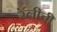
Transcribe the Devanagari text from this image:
रॅलीची